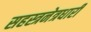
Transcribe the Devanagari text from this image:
सहस्त्रनेत्रधारी